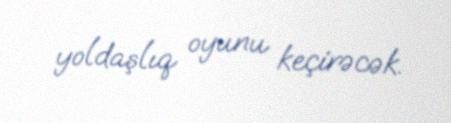
yoldaşlıq oyunu keçirəcək.